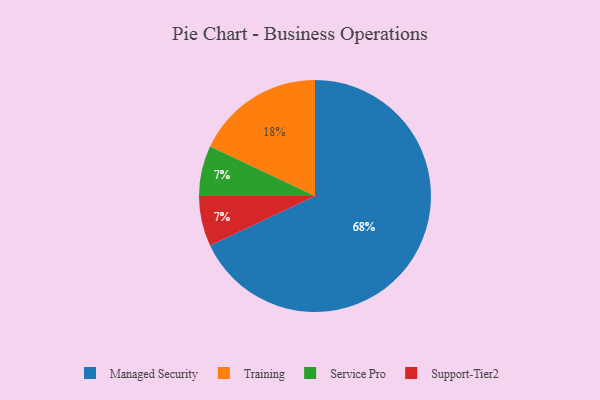
{"axis": {"x": "Category", "y": "Percentage"}, "legend": ["Managed Security", "Service Pro", "Support-Tier2", "Training"], "data": [{"x": "Training", "y": 18, "type": "Training"}, {"x": "Service Pro", "y": 7, "type": "Service Pro"}, {"x": "Managed Security", "y": 68, "type": "Managed Security"}, {"x": "Support-Tier2", "y": 7, "type": "Support-Tier2"}]}